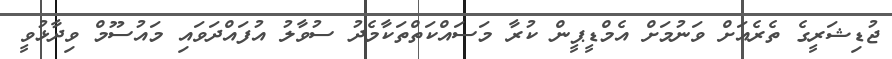
ޖުޑިޝަރީގެ ތެރެއަށް ވަނުމަށް އެމްޑީޕީން ކުރާ މަސައްކަތްތަކާމެދު ސުވާލު އުފައްދަވައި މައުސޫމް ވިދާޅުވީ